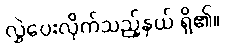
လွှဲပေးလိုက်သည့်နှယ် ရှိ၏။